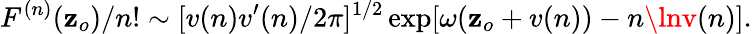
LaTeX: F^{(n)}(\mathbf{z}_{o})/n!\sim[v(n)v^{\prime}(n)/2\pi]^{1/2}\exp[\omega(\mathbf{z}_{o}+v(n))-n\lnv(n)].